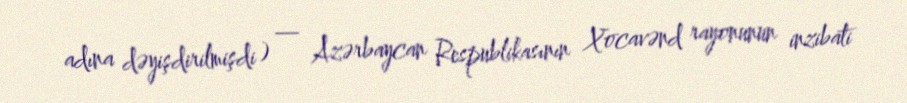
adına dəyişdirilmişdi ) — Azərbaycan Respublikasının Xocavənd rayonunun inzibati